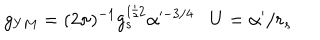
g _ { Y M } = ( 2 \pi ) ^ { - 1 } g _ { s } ^ { 1 / 2 } \alpha ^ { \prime - 3 / 4 } U = \alpha ^ { \prime } / r _ { s }